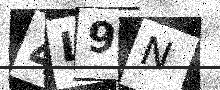
Text: 4L9N